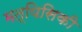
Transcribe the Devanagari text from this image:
मत्यिसिकी